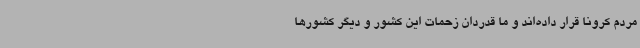
مردم کرونا قرار داده‌اند و ما قدردان زحمات این کشور و دیگر کشورها